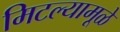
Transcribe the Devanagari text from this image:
मिटल्यामूळे